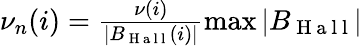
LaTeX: \begin{array}{r}{\nu_{n}(i)=\frac{\nu(i)}{|B_{\mathrm{~H~a~l~l~}}(i)|}\operatorname*{max}|B_{\mathrm{~H~a~l~l~}}|}\end{array}